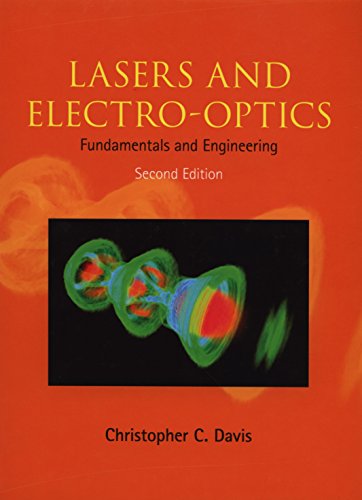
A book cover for Lasers and Electro-optics: Fundamentals and Engineering; Christopher C. Davis; Science & Math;